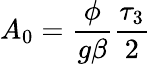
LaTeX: A_{0}={\frac{\phi}{{g\beta}}}\frac{\tau_{3}}{2}